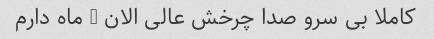
کاملا بی سرو صدا چرخش عالی الان 2 ماه دارم